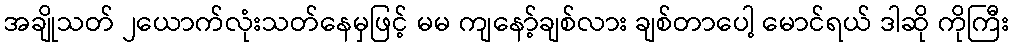
အချိုသတ် ၂ယောက်လုံးသတ်နေမှဖြင့် မမ ကျနော့်ချစ်လား ချစ်တာပေါ့ မောင်ရယ် ဒါဆို ကိုကြီး